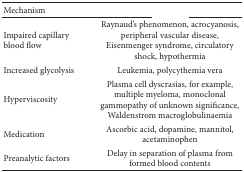
<table><thead><tr><td><b>Mechanism</b></td><td>[EMPTY_CELL]</td></tr></thead><tbody><tr><td>Impaired capillary blood flow</td><td>Raynaud's phenomenon, acrocyanosis, peripheral vascular disease, Eisenmenger syndrome, circulatory shock, hypothermia</td></tr><tr><td>Increased glycolysis</td><td>Leukemia, polycythemia vera</td></tr><tr><td>Hyperviscosity</td><td>Plasma cell dyscrasias, for example, multiple myeloma, monoclonal gammopathy of unknown significance, Waldenstrom macroglobulinaemia</td></tr><tr><td>Medication</td><td>Ascorbic acid, dopamine, mannitol, acetaminophen</td></tr><tr><td>Preanalytic factors</td><td>Delay in separation of plasma from formed blood contents</td></tr></tbody></table>